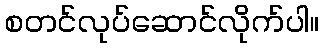
စတင်လုပ်ဆောင်လိုက်ပါ။